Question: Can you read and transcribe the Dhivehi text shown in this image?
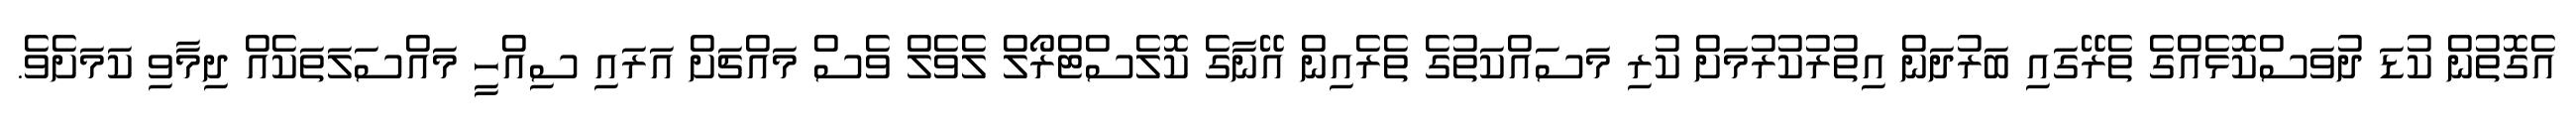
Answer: އެގޮތުން ކުޑަ ދުވަސްކޮޅެއްގެ ތެރޭގައި ބަރުދަން އިތުރުކުރުމަށް ކުރި މަސައްކަތުގެ ތެރެއިން އޭނާގެ ކޮލެސްޓްރޯލް ލެވެލް ވެސް މައްޗަށް އަރައި ސިއްހީ މައްސަލަތަކެއް ދިމާވި ކަމަށެވެ.